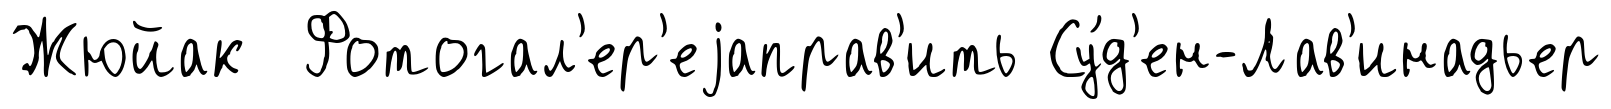
Жюйак Фотогал'ер'еjаправ'ить Су́д'ен-Лав'инадьер